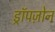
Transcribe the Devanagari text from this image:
ड्रॉपज़ोन